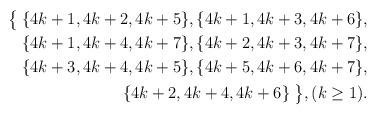
LaTeX: \begin{align*}\textstyle\big\{\; \{4k+1,4k+2,4k+5\}, \{4k+1,4k+3,4k+6\},\\\{4k+1,4k+4,4k+7\}, \{4k+2,4k+3,4k+7\}, \\\{4k+3,4k+4,4k+5\}, \{4k+5,4k+6,4k+7\},\\ \{4k+2,4k+4,4k+6\}\; \big\}, (k\geq 1).\end{align*}